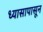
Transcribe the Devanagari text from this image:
ध्यासापासून